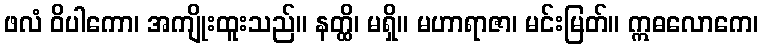
ဖလံ ဝိပါကော၊ အကျိုးထူးသည်။ နတ္ထိ၊ မရှိ။ မဟာရာဇာ၊ မင်းမြတ်။ ဣဓလောကေ၊